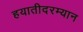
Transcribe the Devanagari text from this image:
हयातीदरम्यान